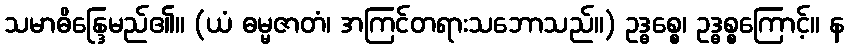
သမာဓိန္ဒြေမည်၏။ (ယံ ဓမ္မဇာတံ၊ အကြင်တရားသဘောသည်။) ဥဒ္ဓစ္စေ၊ ဥဒ္ဓစ္စကြောင့်။ န